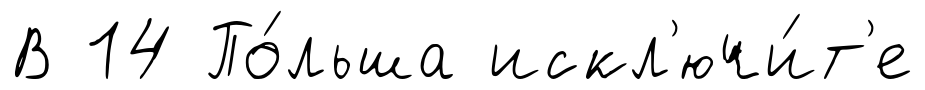
В 14 По́льша искл'ючи́т'е